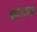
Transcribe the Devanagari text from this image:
कांगारु